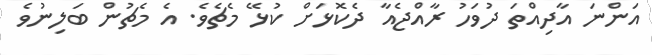
އަންނަ އާދިއްތަ ދުވަހު ރާއްޖެއާ ދެކޮޅަށް ކުޅޭ މެޗެވެ. އެ މެޗުން ބަލިނުވެ